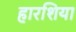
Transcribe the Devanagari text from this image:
हारशिया